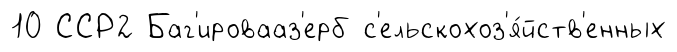
10 ССР2 Баг'ировааз'ерб с'ельскохоз'я́йств'енных